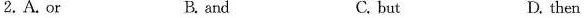
2.A.Or B. and C. but D. then